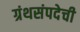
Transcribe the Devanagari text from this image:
ग्रंथसंपदेची